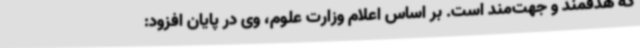
که هدفمند و جهت‌مند است. بر اساس اعلام وزارت علوم، وی در پایان افزود: